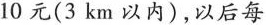
10元(3km以内)，以后每